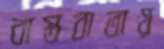
বাস্তবাতায়